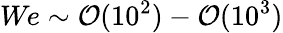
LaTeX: \textit{We}\sim\mathcal{O}(10^{2})-\mathcal{O}(10^{3})